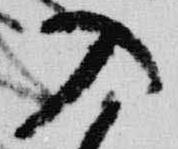
入